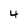
Character: 4